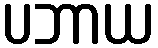
ပဘာယ